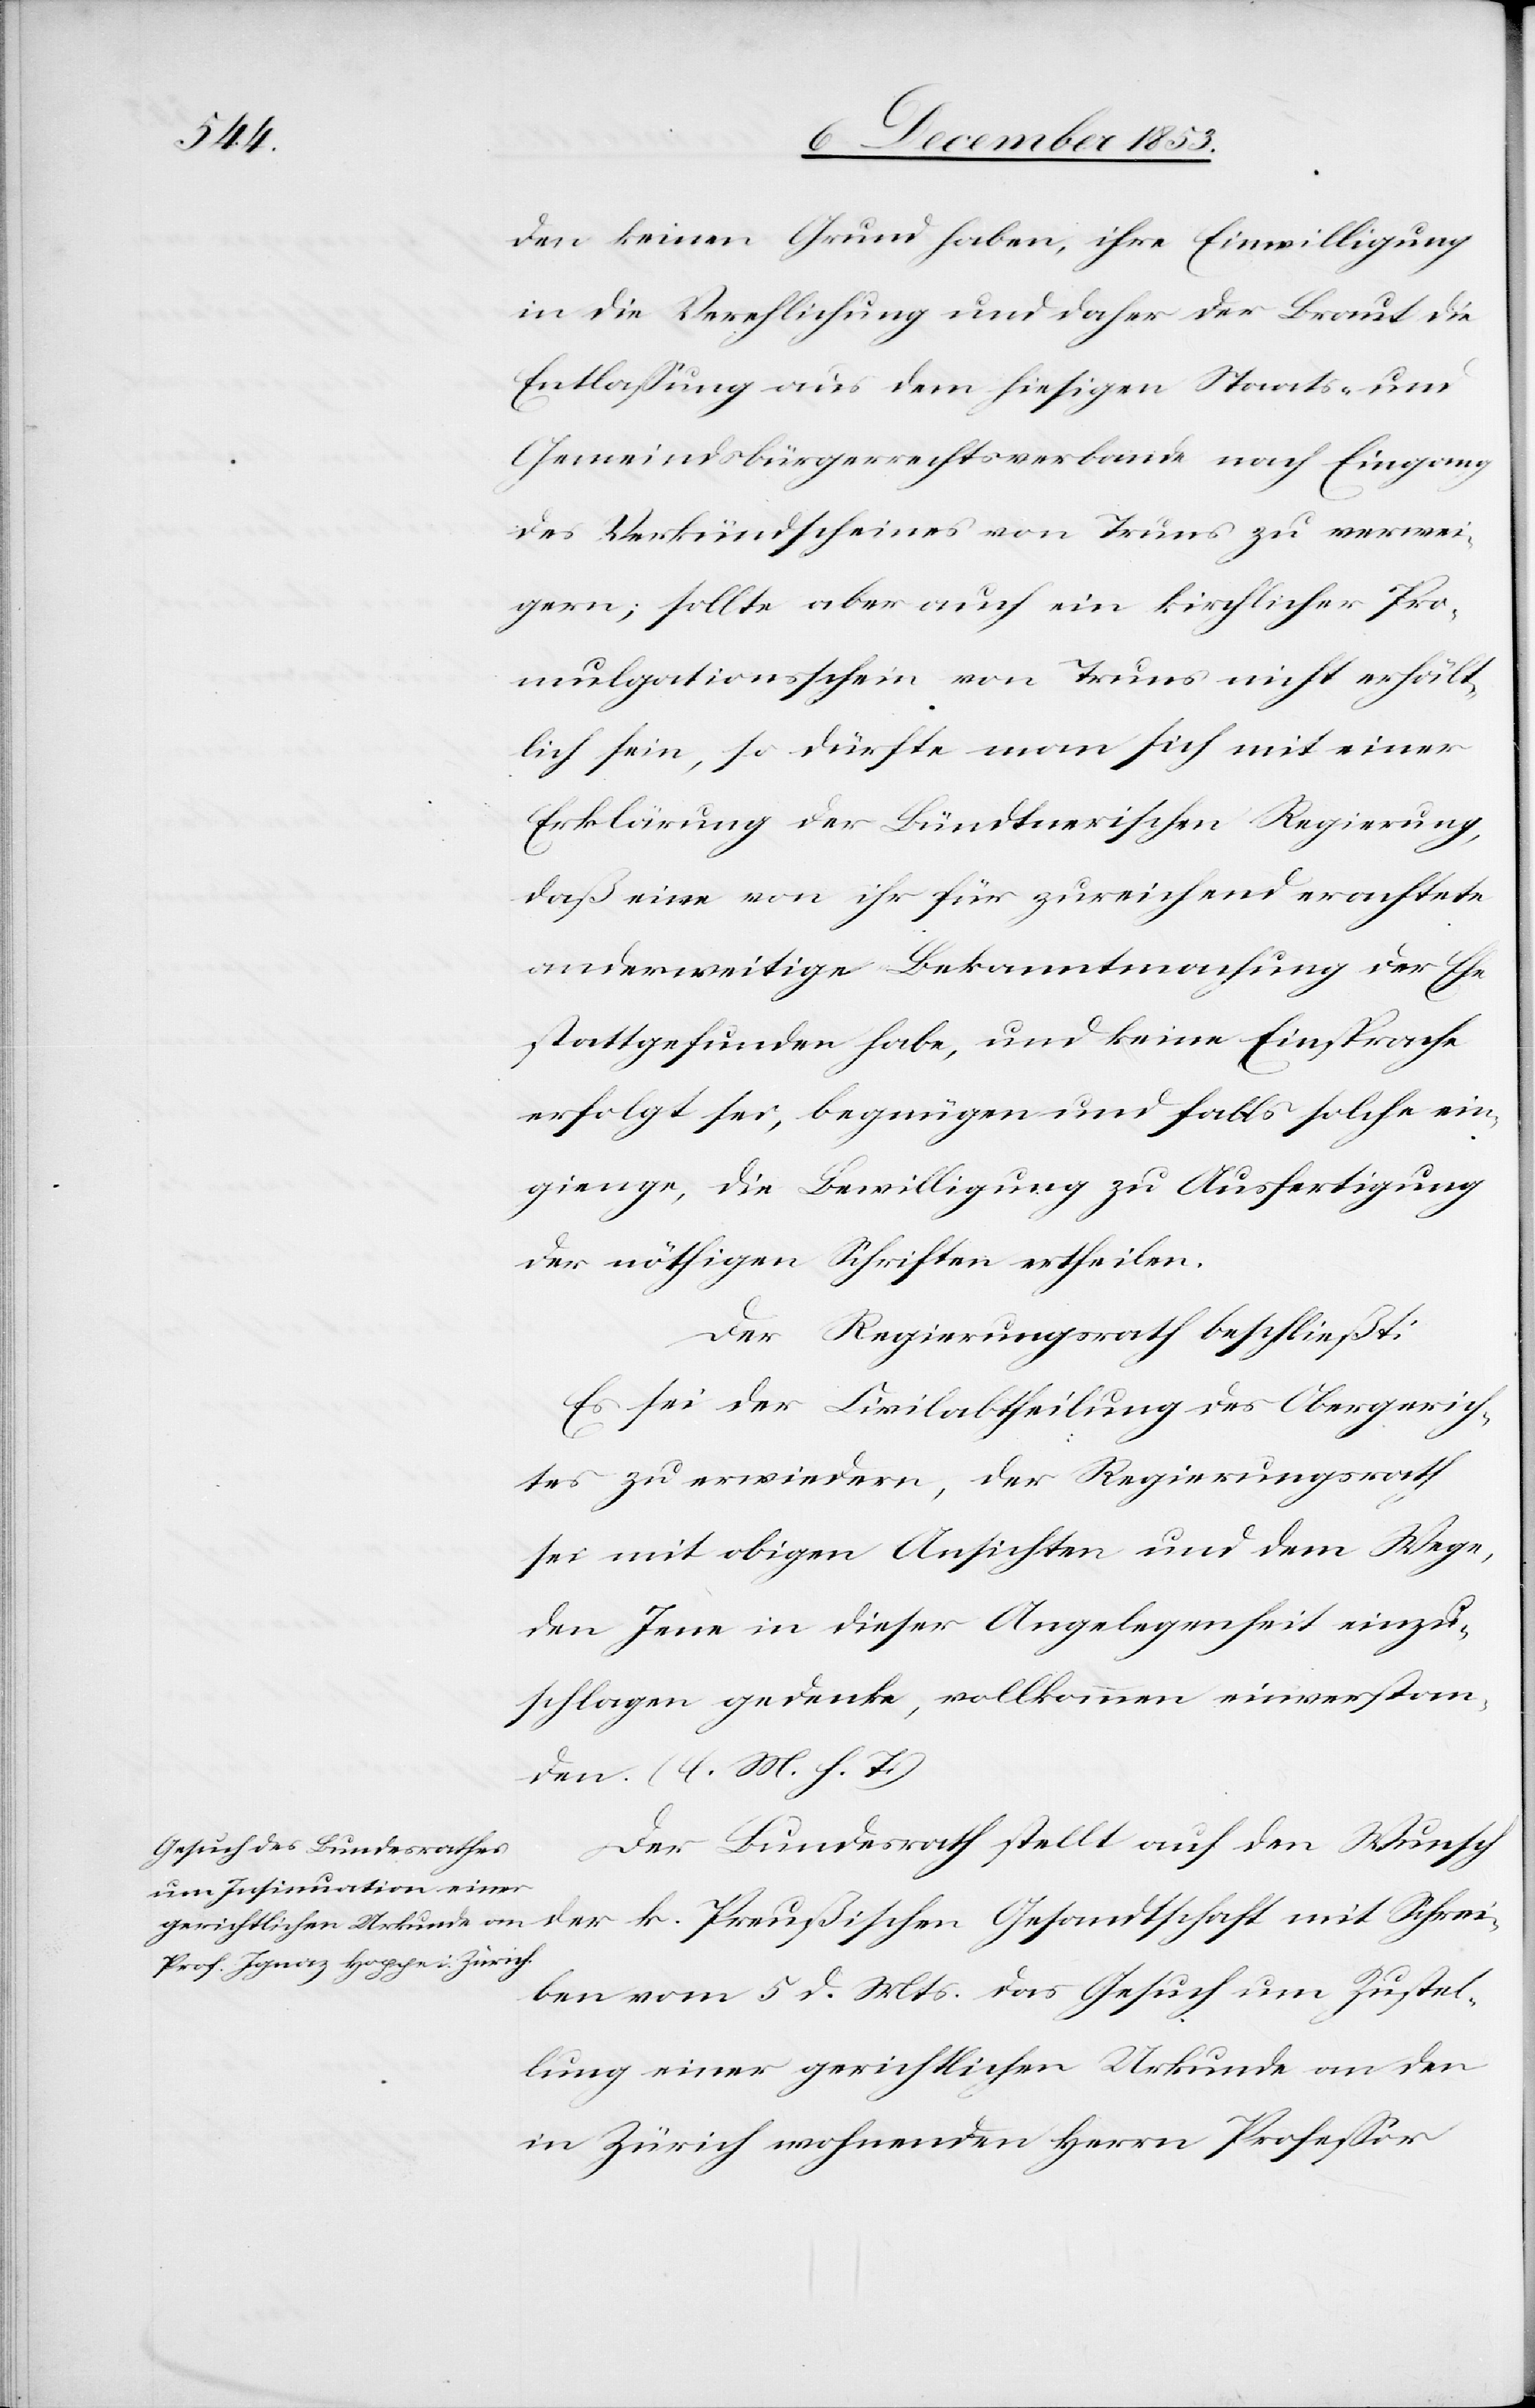
den keinen Grund haben, ihre Einwilligung
in die Verehlichung und daher der Braut die
Entlaßung aus dem hiesigen Staats- und
Gemeindsbürgerrechtsverbande nach Eingang
des Verkündscheines von Truns zu verwei¬
gern; sollte aber auch ein kirchlicher Pro¬
mulgationsschein von Truns nicht erhält¬
lich sein, so dürfte man sich mit einer
Erklärung der Bündtnerischen Regierung,
daß eine von ihr für zureichend erachtete
anderweitige Bekanntmachung der Ehe
stattgefunden habe, und keine Einsprache
erfolgt sei, begnügen und falls solche ein¬
gienge, die Bewilligung zu Ausfertigung
der nöthigen Schriften ertheilen.
Der Regierungsrath beschließt:
Es sei der Civilabtheilung des Obergerich¬
tes zu erwiedern, der Regierungsrath
sei mit obigen Ansichten und dem Wege,
den Jene in dieser Angelegenheit einzu¬
schlagen gedenke, vollkommen einverstan¬
den. [l. M. h. T]
Der Bundesrath stellt auf den Wunsch
Schr¬
eiben vom 5 d. Mts. das Gesuch um Zustel¬
lung einer gerichtlichen Urkunde an den
in Zürich wohnenden Herrn Profeßor